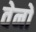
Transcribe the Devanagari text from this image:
वेनों